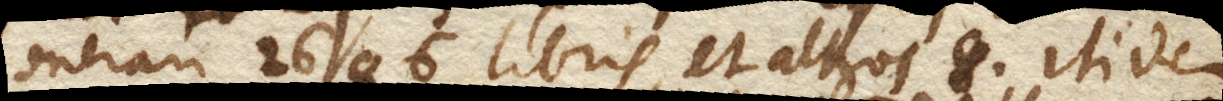
onerari 2686 libris et alteros 8. itidem